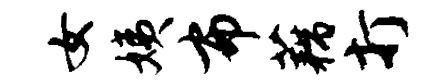
女姨布藕打